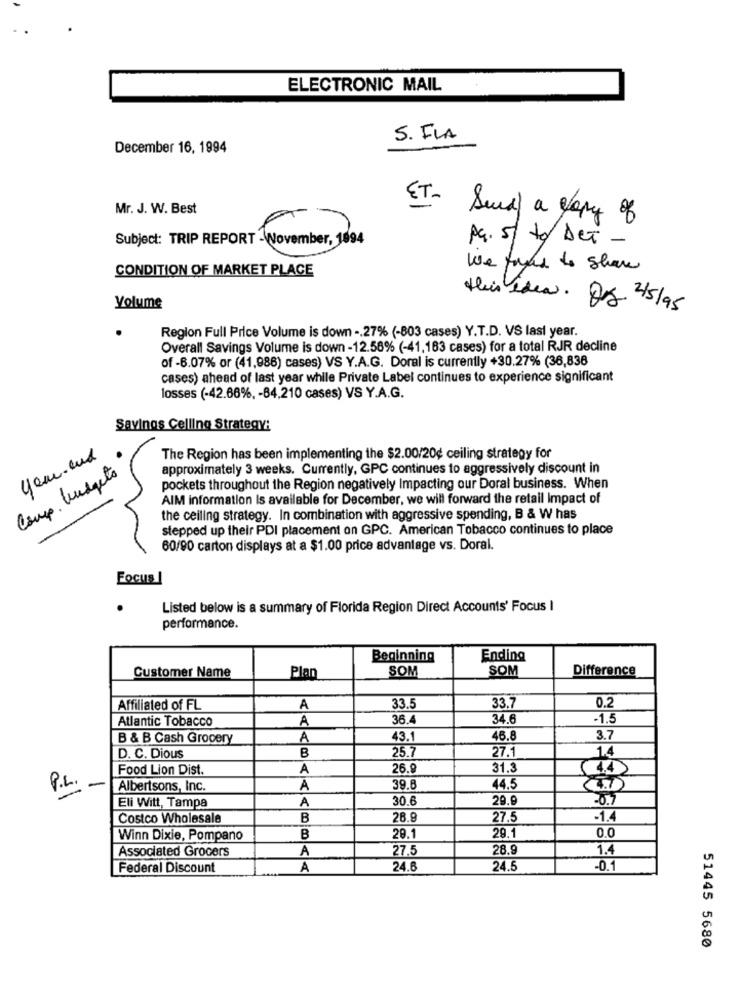
ELECTRONIC MAIL
S. FLA
December 16, 1994
Mr. J. W. Best
ET- Swal a copy of
Subject: TRIP REPORT - November, 1894
pq. 5 to Det -
CONDITION OF MARKET PLACE
We found to show
Volume
His idea. Og 4/5/95
Region Full Price Volume is down -. 27% (-803 cases) Y.T.D. VS last year.
Overall Savings Volume is down -12.58% (-41,183 cases) for a total RJR decline
of -6.07% or (41,986) cases) VS Y.A.G. Doral is currently +30.27% (36,838
cases) ahead of last year while Private Label continues to experience significant
losses (-42.66%, - 84,210 cases) VS Y.A.G.
Savings Celling Strategy:
year and
The Region has been implementing the $2.00/20¢ ceiling strategy for
approximately 3 weeks. Currently, GPC continues to aggressively discount in
Coup. budgets
pockets throughout the Region negatively Impacting our Doral business. When
AIM information Is available for December, we will forward the retail Impact of
the ceiling strategy. In combination with aggressive spending, B & W has
stepped up their PDI placement on GPC. American Tobacco continues to place
60/90 carton displays at a $1.00 price advantage vs. Doral.
Focus
Listed below is a summary of Florida Region Direct Accounts' Focus I
performance.
Beginning
Ending
SOM
SOM
Difference
Customer Name
Plan
0.2
Affiliated of FL
A
33.5
33.7
Atlantic Tobacco
A
36.4
34.6
-1,5
B & B Cash Grocery
A
43.1
46.8
3.7
B
25.7
27.1
D. C. Dious
14
Food Lion Dist.
A
26.9
31.3
P.L.
Albertsons, Inc.
A
39.8
44.5
30.6
29.9
Eli Witt, Tampa
A
Costco Wholesale
B
28.9
27.5
-1.4
29.1
Winn Dixie, Pompano
B
29.1
0.0
Associated Grocers
A
27.5
28.9
1.4
Federal Discount
A
24.6
24.5
-0.1
51445 5680